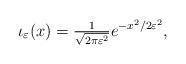
LaTeX: \begin{align*}\iota_\varepsilon(x) = \tfrac{1}{\sqrt{2 \pi \varepsilon^2}} e^{-x^2/2\varepsilon^2},\end{align*}